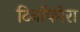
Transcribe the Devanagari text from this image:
टिनॉफोरा